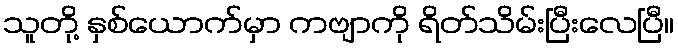
သူတို့ နှစ်ယောက်မှာ ကဗျာကို ရိတ်သိမ်းပြီးလေပြီ။